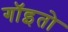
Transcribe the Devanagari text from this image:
गॉइतो